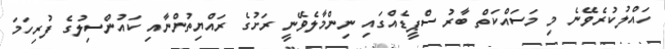
ހައްލުކުރެވޭނެ މި މަސައްކަތް ބާރު ސްޕީޑެއްގައި ނިންމާލެވޭނީ ރަށުގެ ރައްޔިތުންނާއި ކައުންސިލުގެ ފުރިހަމަ